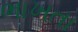
ભાખતા